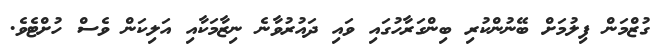
ގުޒްމަން ފިލުމަށް ބޭނުންކުރި ބިންގަރާހުގައި ވައި ދައުރުވާނެ ނިޒާމަކާއި އަލިކަން ވެސް ހުށްޓެވެ.